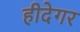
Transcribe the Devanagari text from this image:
हीदेगर